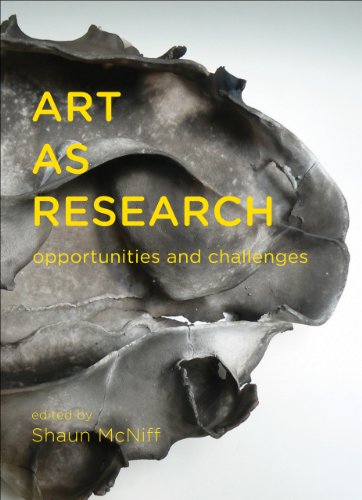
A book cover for Art as Research: Opportunities and Challenges; Arts & Photography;